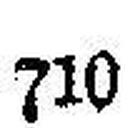
710